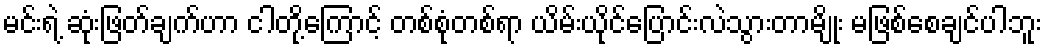
မင်းရဲ့ ဆုံးဖြတ်ချက်ဟာ ငါတို့ကြောင့် တစ်စုံတစ်ရာ ယိမ်းယိုင်ပြောင်းလဲသွားတာမျိုး မဖြစ်စေချင်ပါဘူး